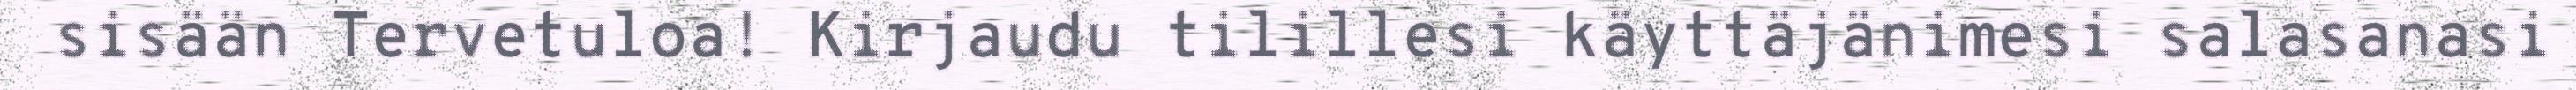
sisään Tervetuloa! Kirjaudu tilillesi käyttäjänimesi salasanasi